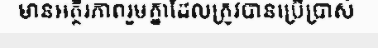
មានអត្ថិរភាពរួមគ្នាដែលត្រូវបានប្រើប្រាស់